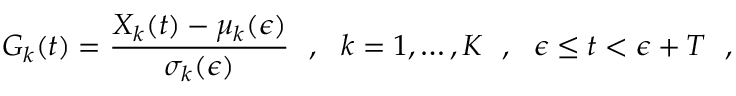
G _ { k } ( t ) = \frac { X _ { k } ( t ) - \mu _ { k } ( \epsilon ) } { \sigma _ { k } ( \epsilon ) } ~ ~ , ~ ~ k = 1 , \dots , K ~ ~ , ~ ~ \epsilon \leq t < \epsilon + T ~ ~ ,